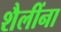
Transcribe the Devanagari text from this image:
शैलींना